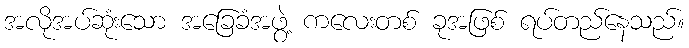
အလိုအပ်ဆုံးသော အခြေခံအဖွဲ့ ကလေးတစ် ခုအဖြစ် ရပ်တည်နေသည်။